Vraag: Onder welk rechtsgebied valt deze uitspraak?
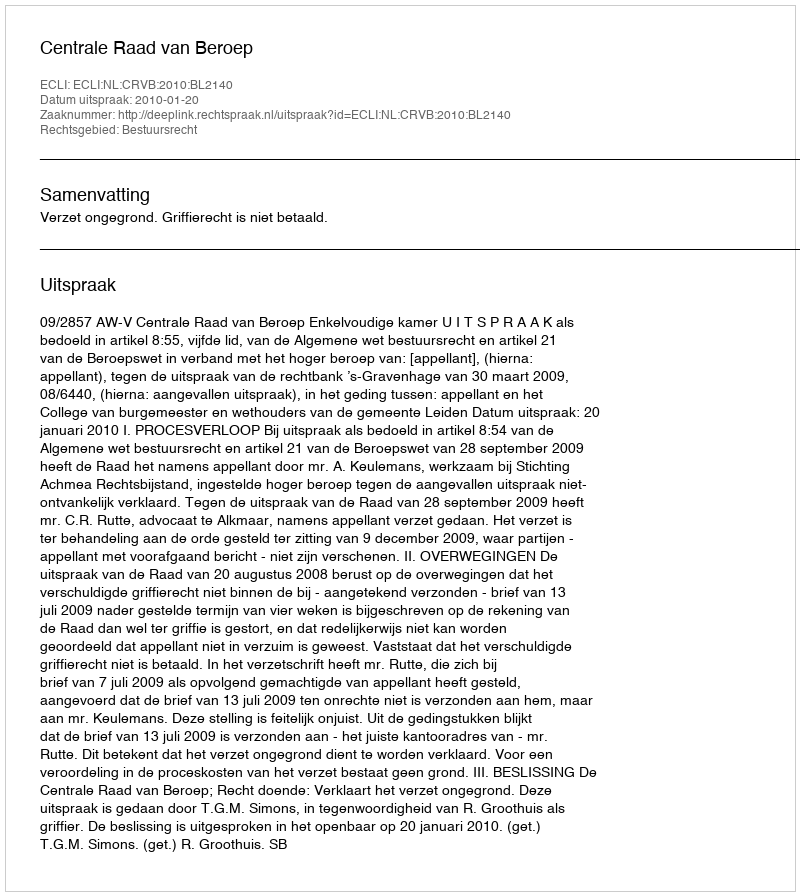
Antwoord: Bestuursrecht